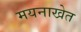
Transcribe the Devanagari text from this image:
मयनाखेत